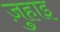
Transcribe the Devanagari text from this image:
ज़ुहाइ